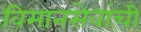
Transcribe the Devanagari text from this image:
विमानसेवांची